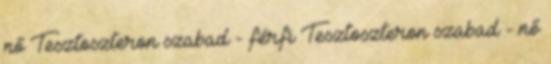
nő Tesztoszteron szabad - férfi Tesztoszteron szabad - nő